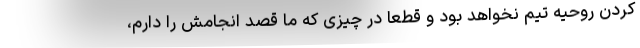
کردن روحیه تیم نخواهد بود و قطعا در چیزی که ما قصد انجامش را دارم،